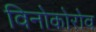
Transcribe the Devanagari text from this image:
विनोकोरोव